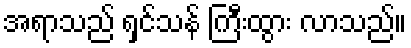
အရာသည် ရှင်သန် ကြီးထွား လာသည်။